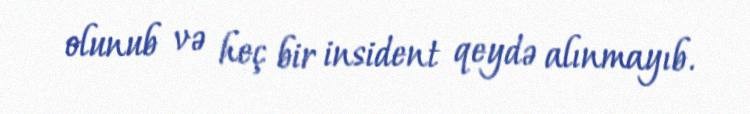
olunub və heç bir insident qeydə alınmayıb.